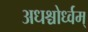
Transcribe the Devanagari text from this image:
अधश्चोर्ध्वम्